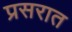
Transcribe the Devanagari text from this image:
प्रसरात